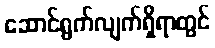
ဆောင်ရွက်လျက်ရှိရာတွင်